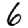
Digit: 6